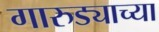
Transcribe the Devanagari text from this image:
गारुड्याच्या